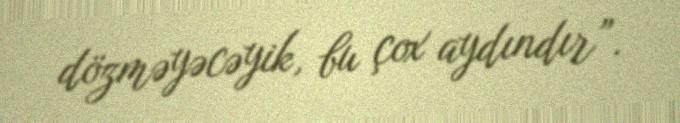
dözməyəcəyik, bu çox aydındır”.